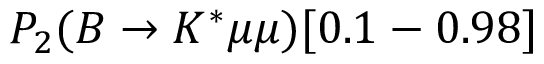
P _ { 2 } ( B \to K ^ { * } \mu \mu ) [ 0 . 1 - 0 . 9 8 ]